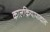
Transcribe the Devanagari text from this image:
कालक्रियापादात